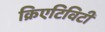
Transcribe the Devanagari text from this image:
क्रिएटिविटी